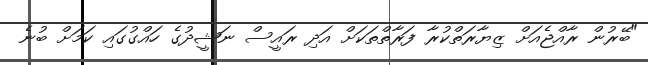
"ބޭރުން ރާއްޖެއަށް ޒިޔާރަތްކުރާ ފަރާތްތަކަށް އަދި ރަައީސް ނަޝީދުގެ ހައްގުގައި ކަމަށް ބުނެ